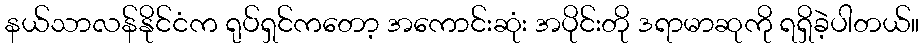
နယ်သာလန်နိုင်ငံက ရုပ်ရှင်ကတော့ အကောင်းဆုံး အပိုင်းတို ဒရာမာဆုကို ရရှိခဲ့ပါတယ်။